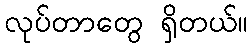
လုပ်တာတွေ ရှိတယ်။